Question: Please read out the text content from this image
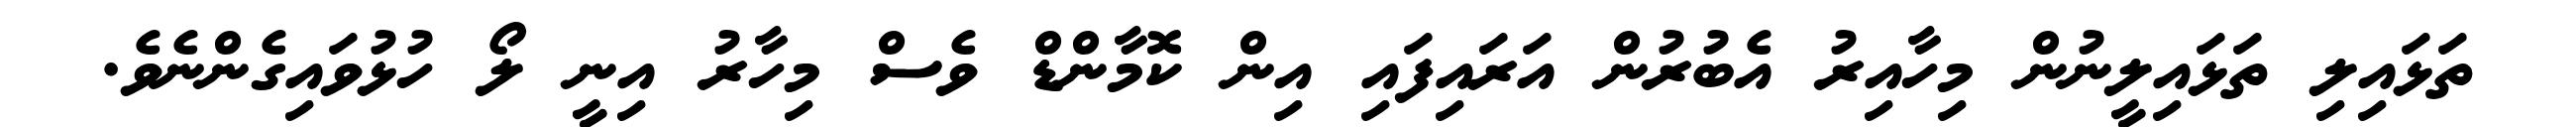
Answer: ތަޅައިލި ތަޅައިލީނުން މިހާއިރު އެބުރުން އަރައިފައި އިން ކޮމާންޑް ވެސް މިހާރު އިނީ ލޯ ހުޅުވައިގެންނެވެ.